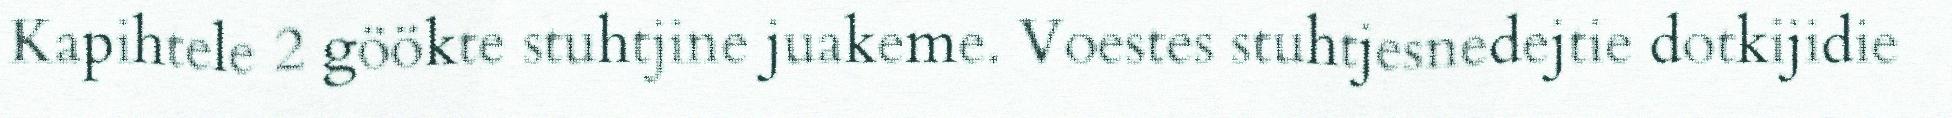
Kapihtele 2 göökte stuhtjine juakeme. Voestes stuhtjesnedejtie dotkijidie